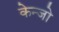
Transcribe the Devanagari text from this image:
केन्जो